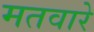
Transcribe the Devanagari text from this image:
मतवारे